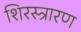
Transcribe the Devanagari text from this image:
शिरस्त्रारण